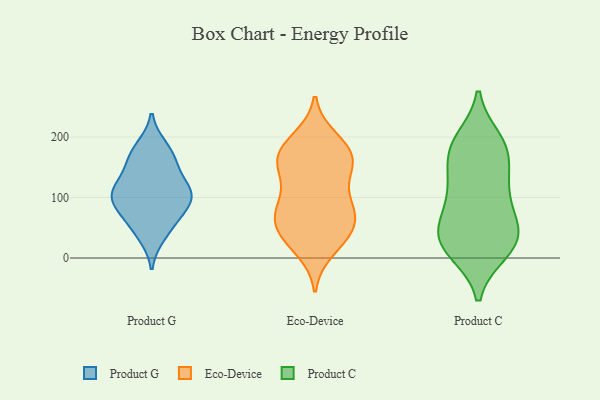
{"axis": {"x": "Latency (ms)", "y": "Value"}, "legend": ["Eco-Device", "Product C", "Product G"], "data": [{"x": "", "y": 117, "type": "Product G"}, {"x": "", "y": 91, "type": "Product G"}, {"x": "", "y": 166, "type": "Product G"}, {"x": "", "y": 108, "type": "Product G"}, {"x": "", "y": 96, "type": "Product G"}, {"x": "", "y": 70, "type": "Product G"}, {"x": "", "y": 98, "type": "Product G"}, {"x": "", "y": 38, "type": "Product G"}, {"x": "", "y": 111, "type": "Product G"}, {"x": "", "y": 182, "type": "Product G"}, {"x": "", "y": 168, "type": "Product G"}, {"x": "", "y": 53, "type": "Product G"}, {"x": "", "y": 140, "type": "Product G"}, {"x": "", "y": 87, "type": "Eco-Device"}, {"x": "", "y": 152, "type": "Eco-Device"}, {"x": "", "y": 169, "type": "Eco-Device"}, {"x": "", "y": 61, "type": "Eco-Device"}, {"x": "", "y": 43, "type": "Eco-Device"}, {"x": "", "y": 174, "type": "Eco-Device"}, {"x": "", "y": 154, "type": "Eco-Device"}, {"x": "", "y": 71, "type": "Eco-Device"}, {"x": "", "y": 189, "type": "Eco-Device"}, {"x": "", "y": 33, "type": "Eco-Device"}, {"x": "", "y": 29, "type": "Eco-Device"}, {"x": "", "y": 136, "type": "Eco-Device"}, {"x": "", "y": 197, "type": "Eco-Device"}, {"x": "", "y": 54, "type": "Eco-Device"}, {"x": "", "y": 14, "type": "Eco-Device"}, {"x": "", "y": 150, "type": "Eco-Device"}, {"x": "", "y": 93, "type": "Eco-Device"}, {"x": "", "y": 94, "type": "Eco-Device"}, {"x": "", "y": 72, "type": "Eco-Device"}, {"x": "", "y": 175, "type": "Eco-Device"}, {"x": "", "y": 12, "type": "Product C"}, {"x": "", "y": 126, "type": "Product C"}, {"x": "", "y": 189, "type": "Product C"}, {"x": "", "y": 74, "type": "Product C"}, {"x": "", "y": 33, "type": "Product C"}, {"x": "", "y": 33, "type": "Product C"}, {"x": "", "y": 178, "type": "Product C"}, {"x": "", "y": 49, "type": "Product C"}, {"x": "", "y": 10, "type": "Product C"}, {"x": "", "y": 124, "type": "Product C"}, {"x": "", "y": 53, "type": "Product C"}, {"x": "", "y": 15, "type": "Product C"}, {"x": "", "y": 195, "type": "Product C"}, {"x": "", "y": 40, "type": "Product C"}, {"x": "", "y": 179, "type": "Product C"}, {"x": "", "y": 122, "type": "Product C"}, {"x": "", "y": 174, "type": "Product C"}, {"x": "", "y": 95, "type": "Product C"}]}